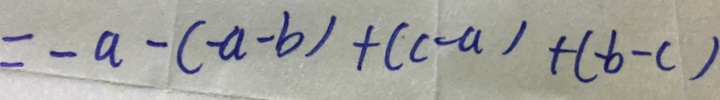
= - a - ( - a - b ) + ( c - a ) + ( - b - c )